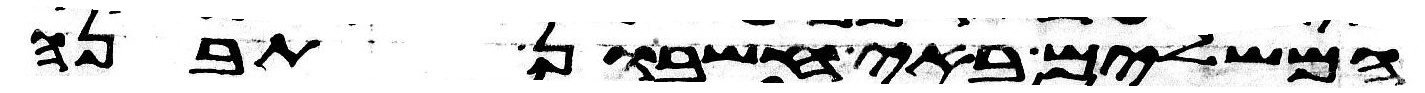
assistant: המשלים באי חשבון תבנה